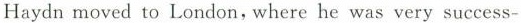
Haydn moved to London, where he was very success-